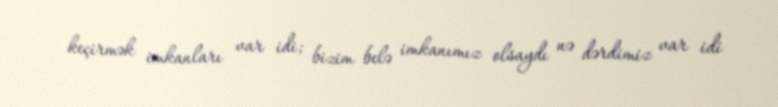
keçirmək imkanları var idi; bizim belə imkanımız olsaydı nə dərdimiz var idi